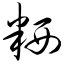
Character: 粞